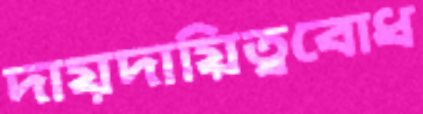
দায়দায়িত্ববোধ